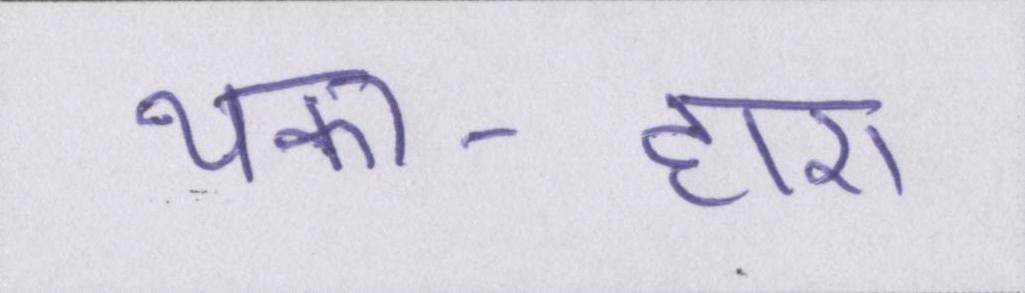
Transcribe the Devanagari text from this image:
थका-हारा